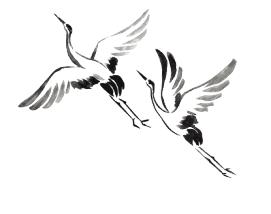
蚕无夏织桑充寨，田废春耕犊劳军。